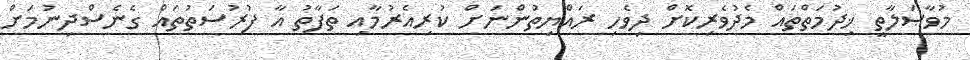
މުވާޞަލާތީ ޚިދުމަތްތައް މެދުވެރިކޮށް ދިވެހި ރައްޔިތުންނަށް ކުރިއެރުމާއި ތަފާތު އާ ފުރުސަތުތައް ގެނެސްދިނުމަށް